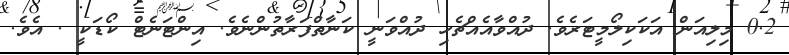
0.2 މިލިއަން އަކަކިލޯމީޓަރެވެ. ދުއްވާއެއްޗެހި ދުއްވަނީ ކަނާތްފަރާތުންނެވެ. އިންޓަނެޓް ކޯޑަކީ . އެވެ.